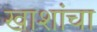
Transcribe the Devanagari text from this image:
खाशांचा